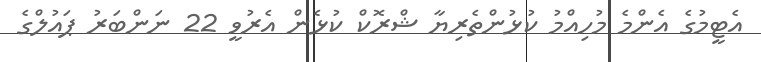
އެޓީމުގެ އެންމެ މުހިއްމު ކުޅުންތެރިޔާ ޝްރޮކް ކުޅެން އެރުވީ 22 ނަންބަރު ޕައުލްގެ